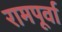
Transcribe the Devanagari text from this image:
रामपूर्वा